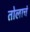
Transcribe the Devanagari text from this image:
तोलाचं